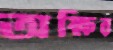
অক্ষির